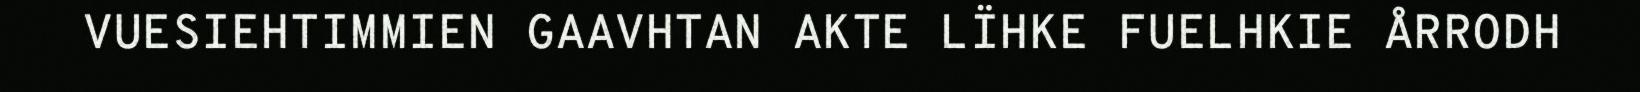
VUESIEHTIMMIEN GAAVHTAN AKTE LÏHKE FUELHKIE ÅRRODH